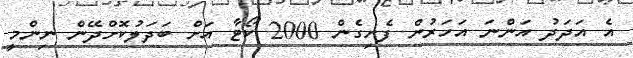
އެ އަދަދު އަންނަ އަހަރުން ފެށިގެން 2000 ކޯޓާ އަށް ބަދަލުކޮށްދޭން ނިންމީ